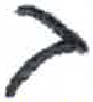
אות: ב